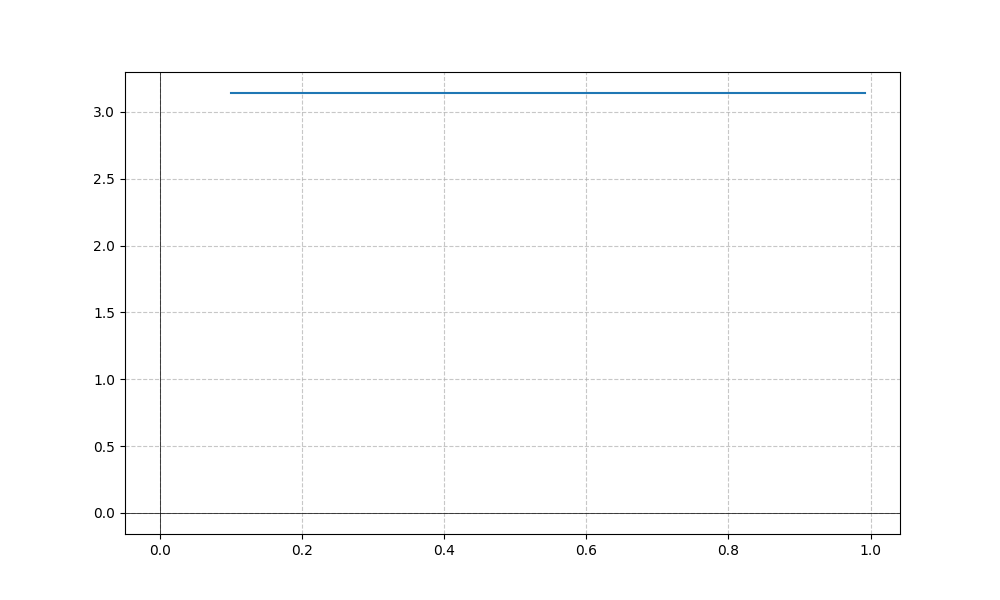
LaTeX formula: \operatorname{acos}{\left(- x \right)} + \operatorname{acos}{\left(x \right)}